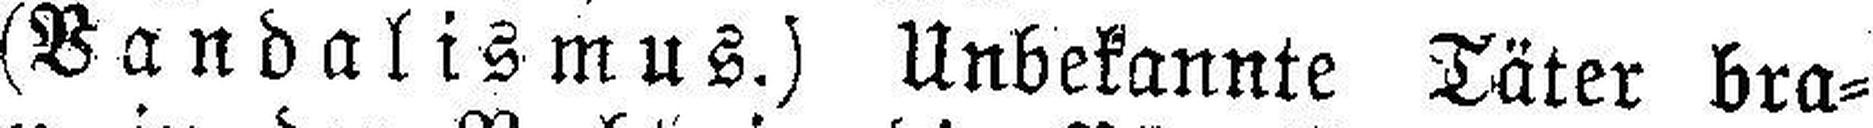
(Bandalismus.) Unbekannte Täter bra¬